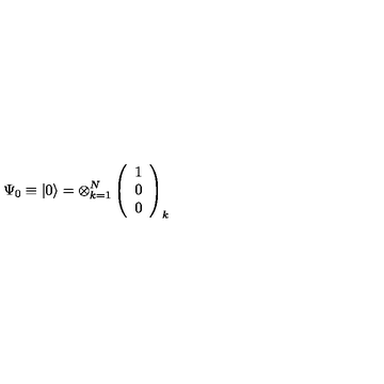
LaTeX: \Psi _ { 0 } \equiv \left| 0 \right\rangle = \otimes _ { k = 1 } ^ { N } \left( \begin{array} { l } { 1 } \\ { 0 } \\ { 0 } \\ \end{array} \right) _ { k }